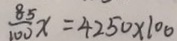
\frac { 8 5 } { 1 0 0 } x = 4 2 5 0 \times 1 0 0